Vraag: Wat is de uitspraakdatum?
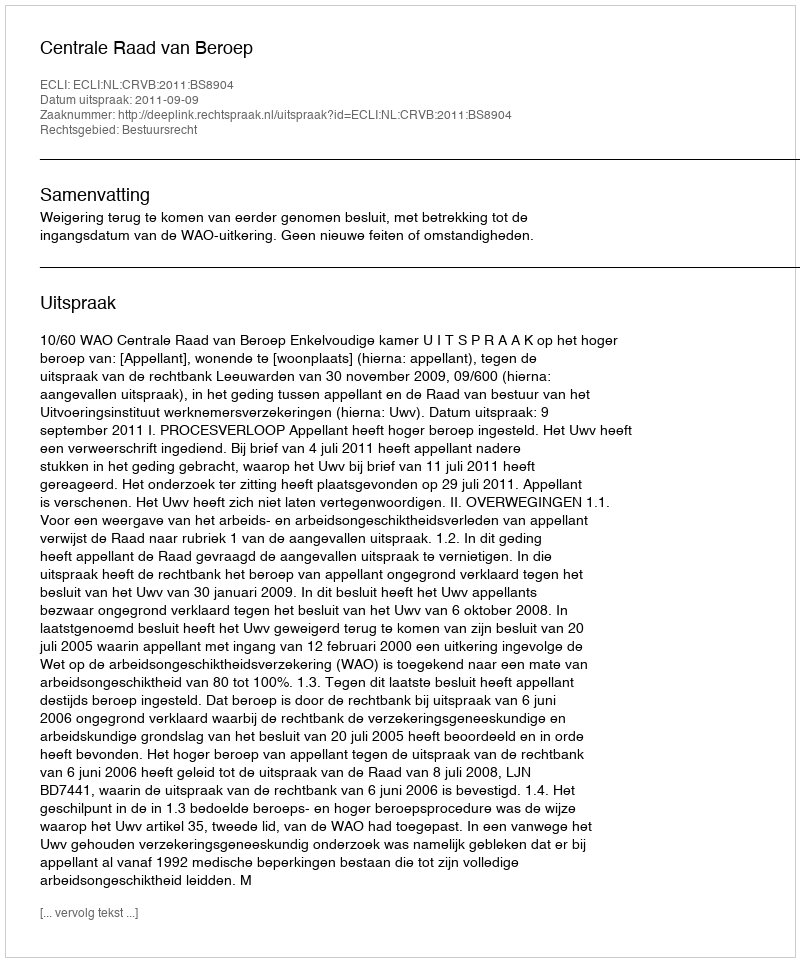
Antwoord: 2011-09-09